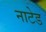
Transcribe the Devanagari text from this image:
नाटेड